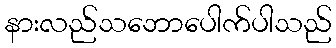
နားလည်သဘောပေါက်ပါသည်